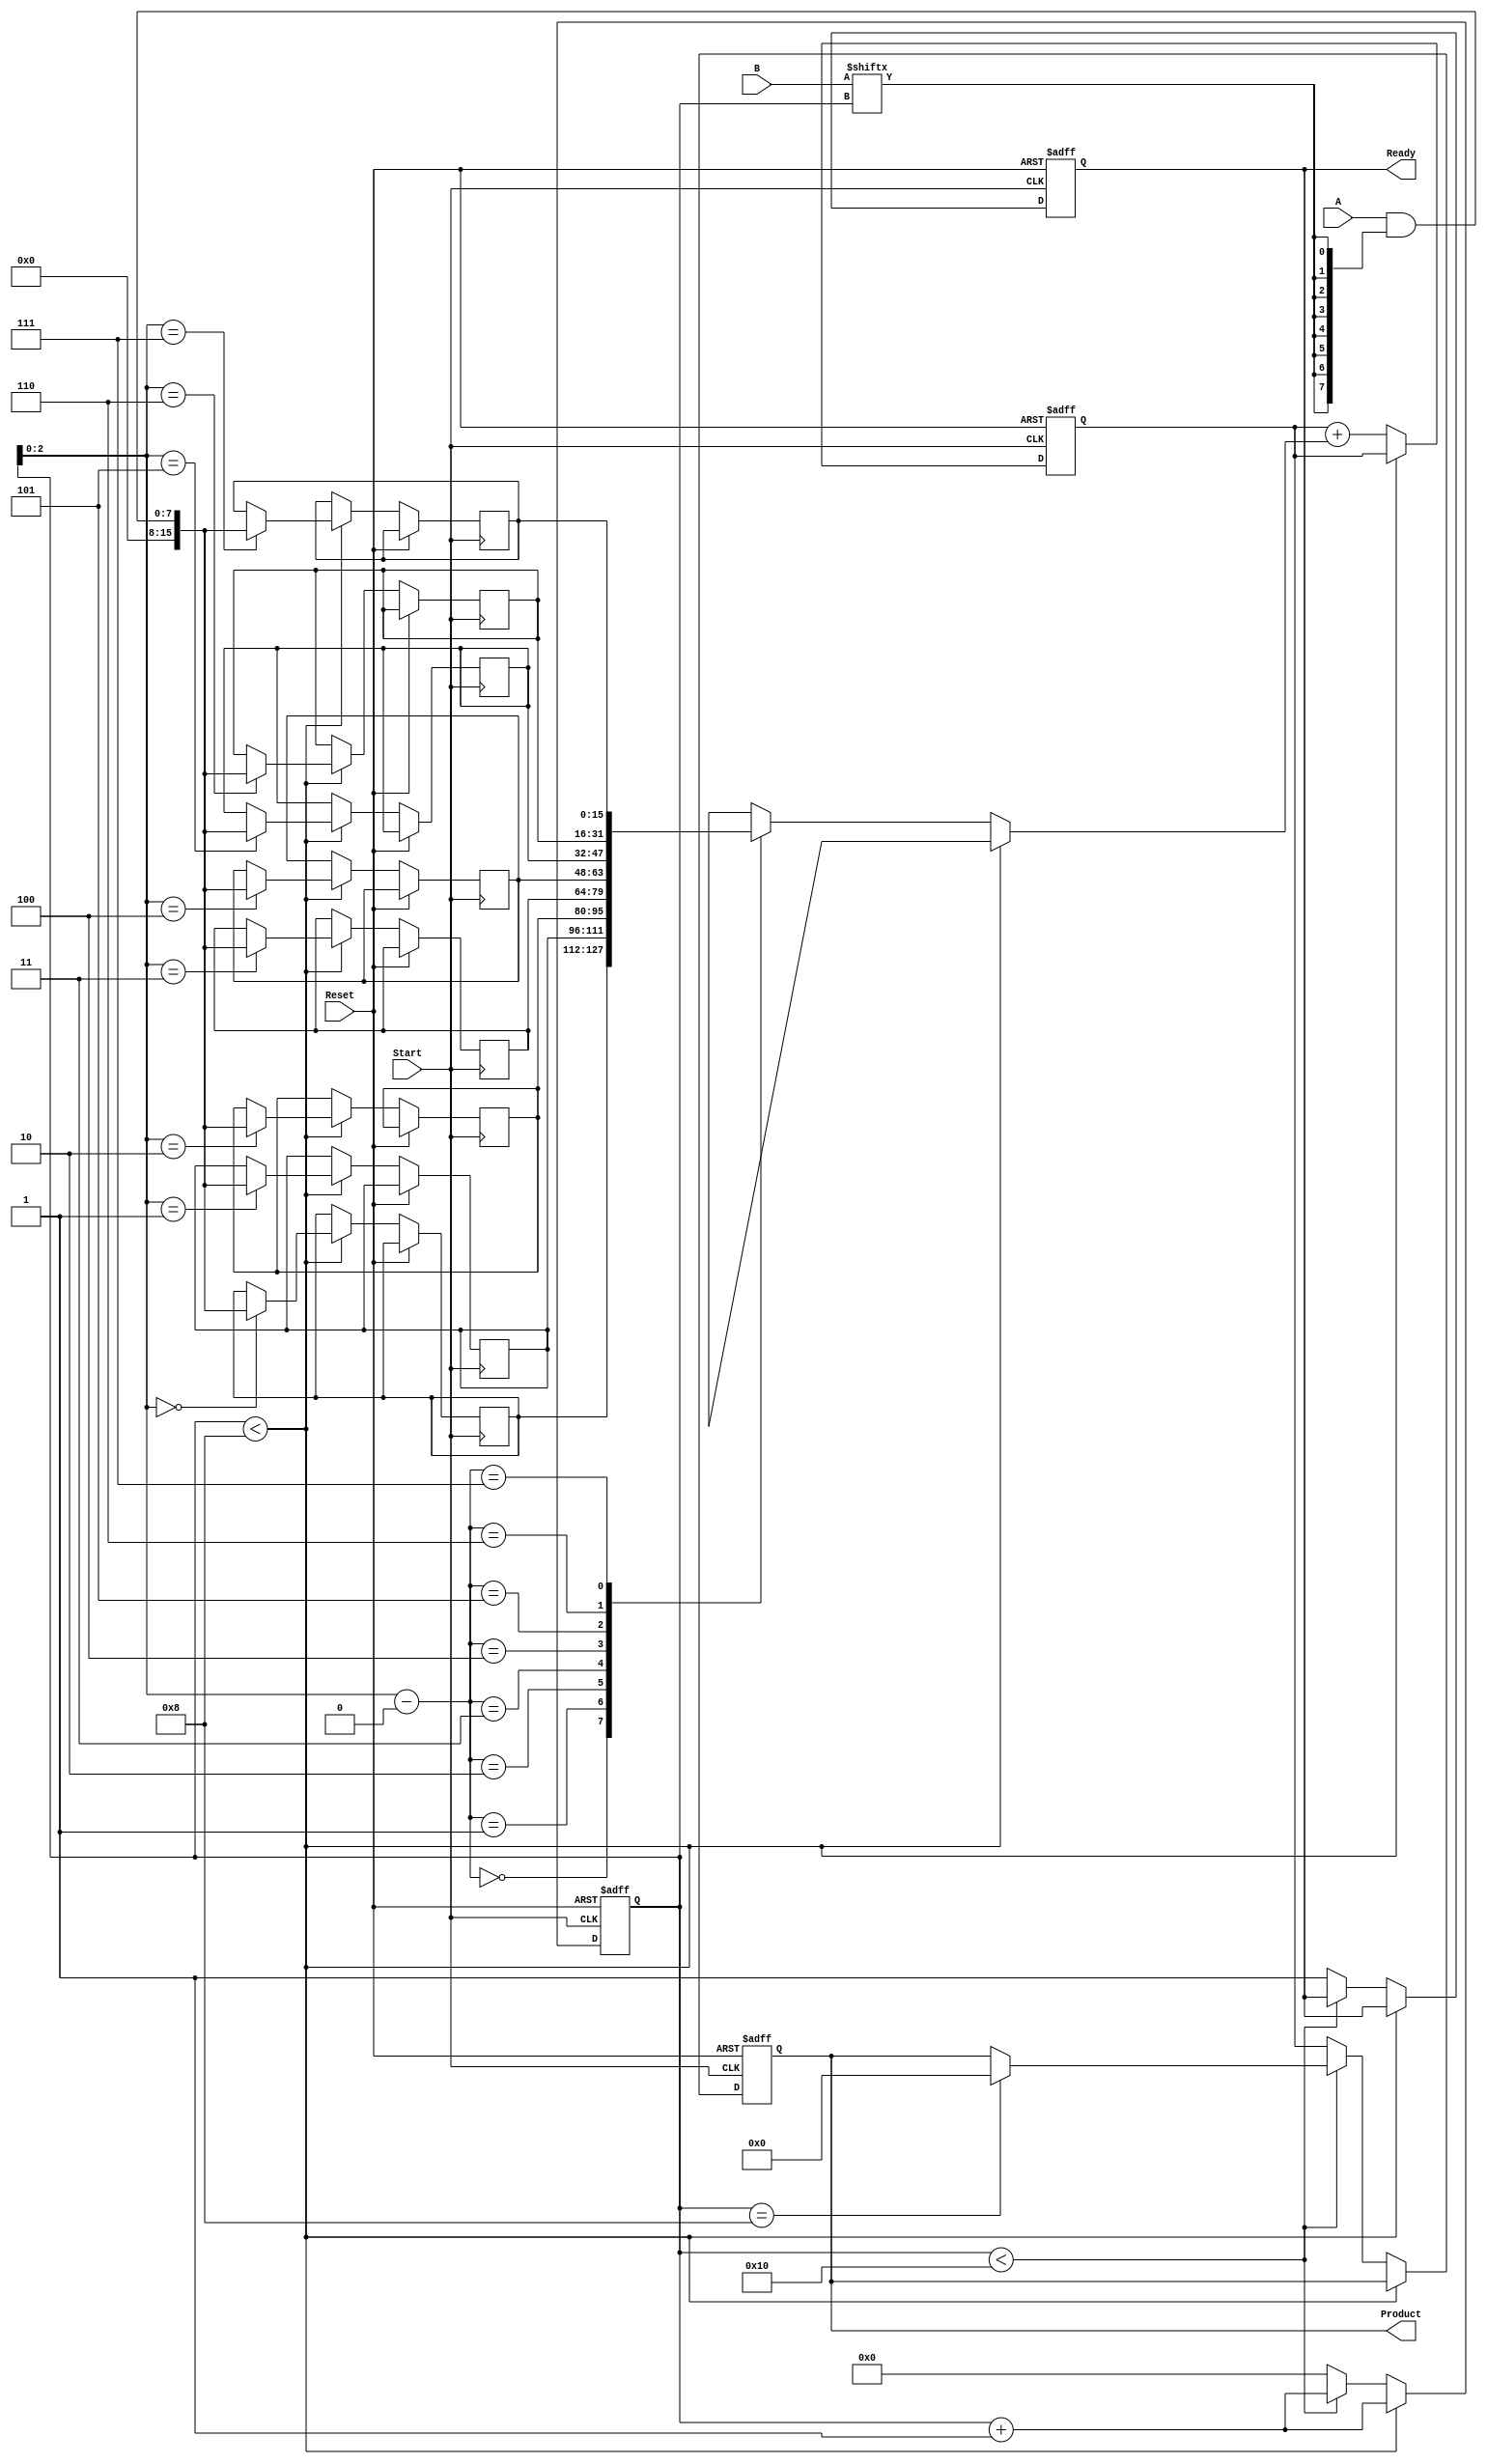
module PartialProductAccumulator #(
    parameter N = 8,  // Number of bits for multiplicand A
    parameter M = 8   // Number of bits for multiplier B
)(
    input  wire [N-1:0] A,      // Multiplicand
    input  wire [M-1:0] B,      // Multiplier
    input  wire Start,           // Start signal
    input  wire Reset,           // Reset signal
    output reg  [N+M-1:0] Product, // Final product
    output reg  Ready            // Ready signal
);

    reg [N+M-1:0] partial_products [0:M-1]; // Array to hold partial products
    reg [3:0] count; // Counter for the number of bits processed

    // Internal signal to hold the accumulated result
    reg [N+M-1:0] accumulator;

    // Control logic
    always @(posedge Start or posedge Reset) begin
        if (Reset) begin
            Product <= 0;
            Ready <= 0;
            count <= 0;
            accumulator <= 0;
        end else begin
            // Generate partial products
            if (count < M) begin
                partial_products[count] <= A & {N{B[count]}}; // AND with shifted multiplicand
                count <= count + 1;
            end else begin
                // Accumulate partial products
                if (count == M) begin
                    Product <= 0; // Reset Product for accumulation
                    accumulator <= 0;
                end
                accumulator <= accumulator + partial_products[count - M];
                
                // Check if all partial products have been added
                if (count < 2*M) begin
                    count <= count + 1;
                end else begin
                    Product <= accumulator; // Final product
                    Ready <= 1; // Indicate that multiplication is complete
                    count <= 0; // Reset count for next operation
                end
            end
        end
    end

endmodule